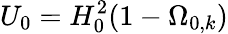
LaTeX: U_{0}=H_{0}^{2}(1-\Omega_{0,k})